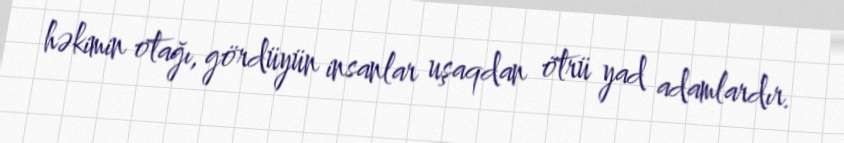
həkimin otağı, gördüyün insanlar uşaqdan ötrü yad adamlardır.